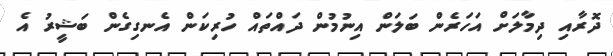
ދޮރާއި ދިމާލަށް އަހަރެން ބަލަން އިނުމުން ދައްތައް ހުރިކަން އެނގިގެން ބަޝީރު އެ